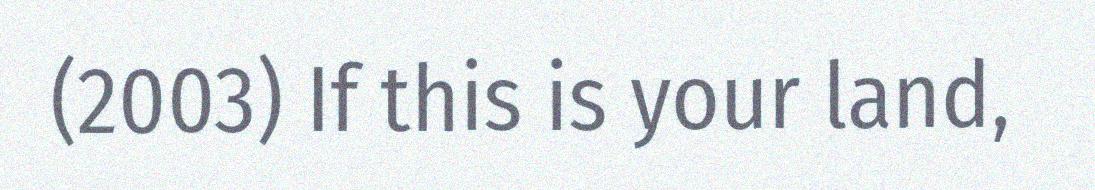
(2003) If this is your land,